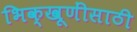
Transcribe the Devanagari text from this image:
भिक्खूणींसाठी